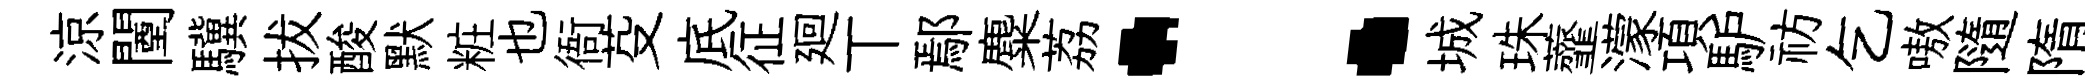
涼闉驥拔酸默粧也衙芟底征廻丅鄢麋荔：城珠虀濛項馿祊乞嗷隨隋